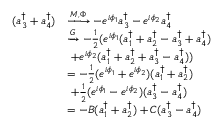
\begin{array} { r l } { ( a _ { 3 } ^ { \dagger } + a _ { 4 } ^ { \dagger } ) } & { \xrightarrow { M , \Phi } - e ^ { i \phi _ { 1 } } a _ { 3 } ^ { \dagger } - e ^ { i \phi _ { 2 } } a _ { 4 } ^ { \dagger } } \\ & { \xrightarrow { G } - \frac 1 2 ( e ^ { i \phi _ { 1 } } ( a _ { 1 } ^ { \dagger } + a _ { 2 } ^ { \dagger } - a _ { 3 } ^ { \dagger } + a _ { 4 } ^ { \dagger } ) } \\ & { \ + e ^ { i \phi _ { 2 } } ( a _ { 1 } ^ { \dagger } + a _ { 2 } ^ { \dagger } + a _ { 3 } ^ { \dagger } - a _ { 4 } ^ { \dagger } ) ) } \\ & { = - \frac 1 2 ( e ^ { i \phi _ { 1 } } + e ^ { i \phi _ { 2 } } ) ( a _ { 1 } ^ { \dagger } + a _ { 2 } ^ { \dagger } ) } \\ & { \ + \frac 1 2 ( e ^ { i \phi _ { 1 } } - e ^ { i \phi _ { 2 } } ) ( a _ { 3 } ^ { \dagger } - a _ { 4 } ^ { \dagger } ) } \\ & { = - B ( a _ { 1 } ^ { \dagger } + a _ { 2 } ^ { \dagger } ) + C ( a _ { 3 } ^ { \dagger } - a _ { 4 } ^ { \dagger } ) } \end{array}